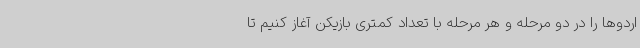
اردوها را در دو مرحله و هر مرحله با تعداد کمتری بازیکن آغاز کنیم تا